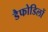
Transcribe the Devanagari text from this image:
डैफोडिलों